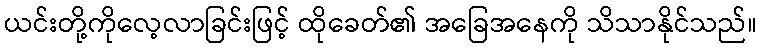
ယင်းတို့ကိုလေ့လာခြင်းဖြင့် ထိုခေတ်၏ အခြေအနေကို သိသာနိုင်သည်။